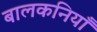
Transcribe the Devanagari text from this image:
बालकनियाँ